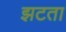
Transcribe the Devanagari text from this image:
झटता